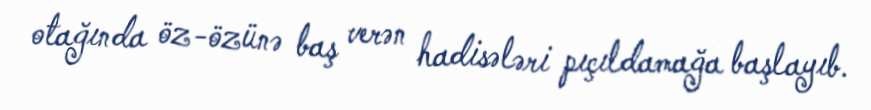
otağında öz-özünə baş verən hadisələri pıçıldamağa başlayıb.